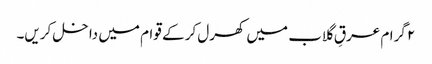
۲ گرام عرقِ گلاب میں کھرل کر کے قوام میں داخل کریں۔